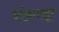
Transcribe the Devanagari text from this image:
शंकासूर